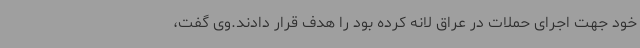
خود جهت اجرای حملات در عراق لانه کرده بود را هدف قرار دادند.وی گفت،